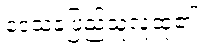
ဒေသခံပြည်သူလူထု၏